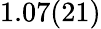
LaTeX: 1.07(21)